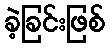
ခဲ့ခြင်းဖြစ်